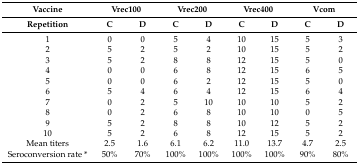
<table><thead><tr><td><b>Vaccine</b></td><td colspan="2"><b>Vrec100</b></td><td colspan="2"><b>Vrec200</b></td><td colspan="2"><b>Vrec400</b></td><td colspan="2"><b>Vcom</b></td></tr><tr><td><b>Repetition</b></td><td><b>C</b></td><td><b>D</b></td><td><b>C</b></td><td><b>D</b></td><td><b>C</b></td><td><b>D</b></td><td><b>C</b></td><td><b>D</b></td></tr></thead><tbody><tr><td>1</td><td>0</td><td>0</td><td>5</td><td>4</td><td>10</td><td>15</td><td>5</td><td>3</td></tr><tr><td>2</td><td>5</td><td>2</td><td>5</td><td>2</td><td>10</td><td>15</td><td>5</td><td>2</td></tr><tr><td>3</td><td>5</td><td>2</td><td>8</td><td>8</td><td>12</td><td>15</td><td>5</td><td>0</td></tr><tr><td>4</td><td>0</td><td>0</td><td>6</td><td>8</td><td>12</td><td>15</td><td>6</td><td>5</td></tr><tr><td>5</td><td>0</td><td>0</td><td>6</td><td>2</td><td>12</td><td>15</td><td>5</td><td>0</td></tr><tr><td>6</td><td>5</td><td>4</td><td>6</td><td>4</td><td>12</td><td>15</td><td>6</td><td>4</td></tr><tr><td>7</td><td>0</td><td>2</td><td>5</td><td>10</td><td>10</td><td>10</td><td>5</td><td>2</td></tr><tr><td>8</td><td>0</td><td>2</td><td>6</td><td>8</td><td>10</td><td>10</td><td>0</td><td>5</td></tr><tr><td>9</td><td>5</td><td>2</td><td>8</td><td>8</td><td>10</td><td>12</td><td>5</td><td>2</td></tr><tr><td>10</td><td>5</td><td>2</td><td>6</td><td>8</td><td>12</td><td>15</td><td>5</td><td>2</td></tr><tr><td>Mean titers</td><td>2.5</td><td>1.6</td><td>6.1</td><td>6.2</td><td>11.0</td><td>13.7</td><td>4.7</td><td>2.5</td></tr><tr><td>Seroconversion rate *</td><td>50%</td><td>70%</td><td>100%</td><td>100%</td><td>100%</td><td>100%</td><td>90%</td><td>80%</td></tr></tbody></table>